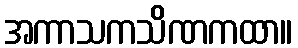
အကာသကသိဏကထာ။